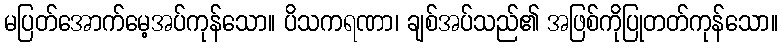
မပြတ်အောက်မေ့အပ်ကုန်သော။ ပိသကရဏာ၊ ချစ်အပ်သည်၏ အဖြစ်ကိုပြုတတ်ကုန်သော။